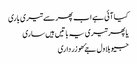
کیا آئی ہے اب پھر سے تیری باری
یا پھر تیری یہ باتیں ہیں ساری
جیو بلاول جۓ ھو زرداری